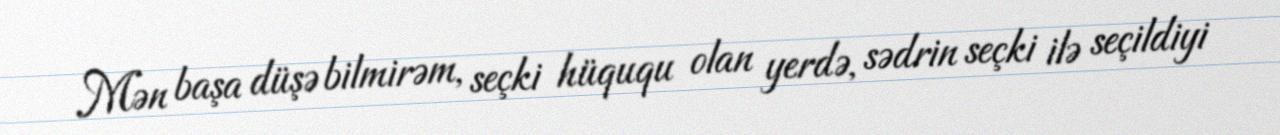
Mən başa düşə bilmirəm, seçki hüququ olan yerdə, sədrin seçki ilə seçildiyi